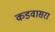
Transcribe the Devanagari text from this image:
कडवासरा